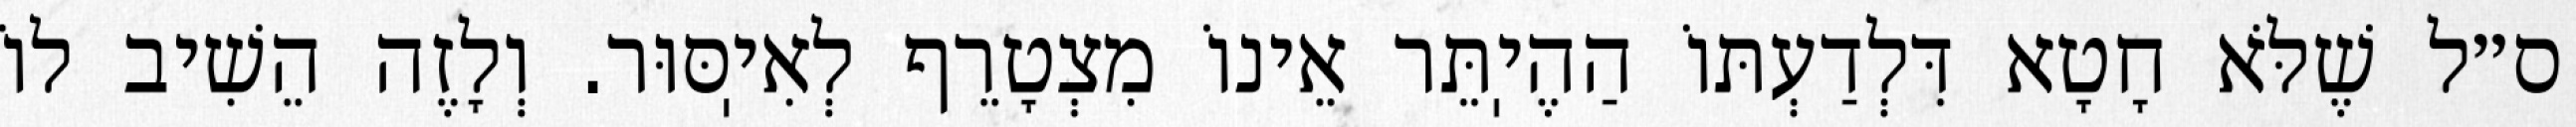
ס״ל שֶׁלֹּא חָטָא דִּלְדַעְתּוֹ הַהֶיֽתֵּר אֵינוֹ מִצְטָרֵף לְאִיֽסּוּר. וְלָזֶה הֵשִׁיב לוֹ